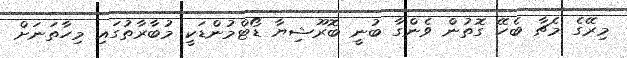
މިރޭގެ މެޗާ ބެހޭ ގޮތުން ވެންގާ ބުނީ ބޮރޫޝިޔާ ޑޯޓްމުންޑަކީ މުބާރާތުގައި މިހާތަނަށް